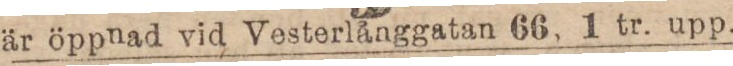
är öppnad vid Vesterlånggatan 66, 1 tr. upp.